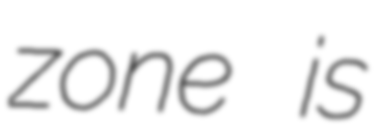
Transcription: zone is